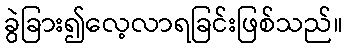
ခွဲခြား၍လေ့လာရခြင်းဖြစ်သည်။